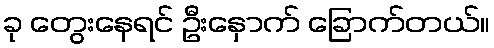
ခု တွေးနေရင် ဦးနှောက် ခြောက်တယ်။